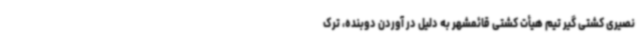
نصیری کشتی گیر تیم هیأت کشتی قائمشهر به دلیل در آوردن دوبنده، ترک